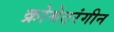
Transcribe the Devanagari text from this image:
क्रोमेटरंगीन